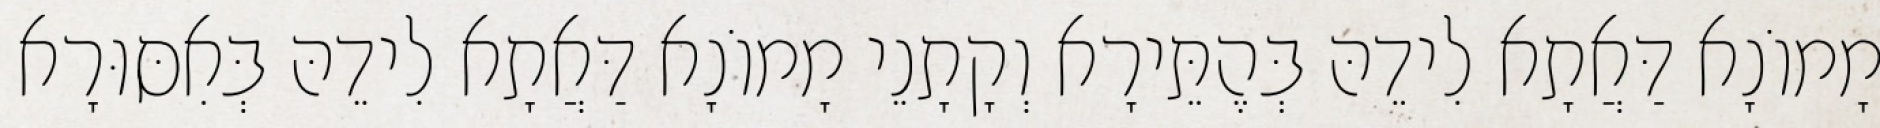
מָמוֹנָא דַּאֲתָא לִידֵהּ בְּהֶתֵּירָא וְקָתָנֵי מָמוֹנָא דַּאֲתָא לִידֵהּ בְּאִסּוּרָא